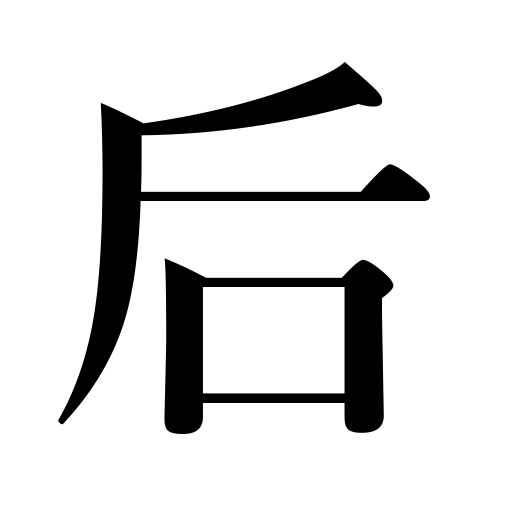
Meanings: behind,after,later,back